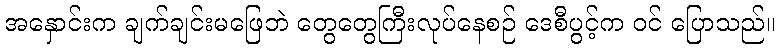
အနှောင်းက ချက်ချင်းမဖြေဘဲ တွေတွေကြီးလုပ်နေစဉ် ဒေစီပွင့်က ဝင် ပြောသည်။